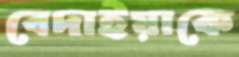
বেদাইয়াকে